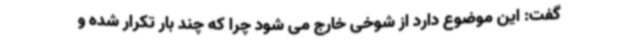
گفت: این موضوع دارد از شوخی خارج می شود چرا که چند بار تکرار شده و